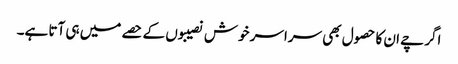
اگرچے ان کا حصول بھی سراسر خوش نصیبوں کے حصے میں ہی آتا ہے۔